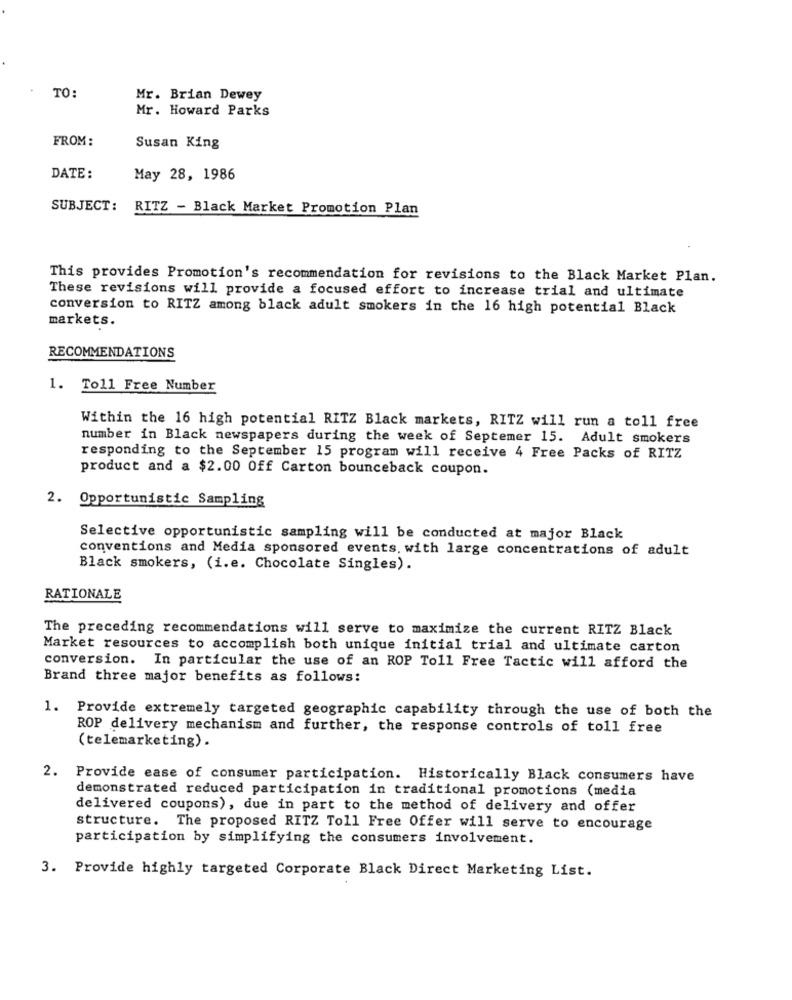
TO:
Mr. Brian Dewey
Mr. Howard Parks
FROM:
Susan King
DATE:
May 28, 1986
SUBJECT: RITZ - Black Market Promotion Plan
This provides Promotion's recommendation for revisions to the Black Market Plan.
These revisions will provide a focused effort to increase trial and ultimate
conversion to RITZ among black adult smokers in the 16 high potential Black
markets.
RECOMMENDATIONS
1. Toll Free Number
Within the 16 high potential RITZ Black markets, RITZ will run a toll free
number in Black newspapers during the week of Septemer 15. Adult smokers
responding to the September 15 program will receive 4 Free Packs of RITZ
product and a $2.00 Off Carton bounceback coupon.
2. Opportunistic Sampling
Selective opportunistic sampling will be conducted at major Black
conventions and Media sponsored events. with large concentrations of adult
Black smokers, (i.e. Chocolate Singles).
RATIONALE
The preceding recommendations will serve to maximize the current RITZ Black
Market resources to accomplish both unique initial trial and ultimate carton
conversion. In particular the use of an ROP Toll Free Tactic will afford the
Brand three major benefits as follows:
1.
Provide extremely targeted geographic capability through the use of both the
ROP delivery mechanism and further, the response controls of toll free
(telemarketing).
2.
Provide ease of consumer participation. Historically Black consumers have
demonstrated reduced participation in traditional promotions (media
delivered coupons), due in part to the method of delivery and offer
structure. The proposed RITZ Toll Free Offer will serve to encourage
participation by simplifying the consumers involvement.
3. Provide highly targeted Corporate Black Direct Marketing List.